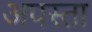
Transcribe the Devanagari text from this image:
अपस्ता